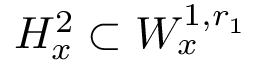
H _ { x } ^ { 2 } \subset W _ { x } ^ { 1 , r _ { 1 } }